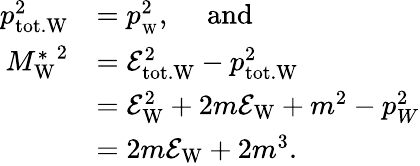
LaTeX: \begin{array}{rl}{p_{\mathrm{tot.W}}^{2}}&{=p_{\mathrm{_W}}^{2},\mathrm{\quad~and}}\\ {{M_{\mathrm{W}}^{*}}^{2}}&{=\mathcal{E}_{\mathrm{tot.W}}^{2}-p_{\mathrm{tot.W}}^{2}}\\ &{=\mathcal{E}_{\mathrm{W}}^{2}+2m\mathcal{E}_{\mathrm{W}}+m^{2}-p_{W}^{2}}\\ &{=2m\mathcal{E}_{\mathrm{W}}+2m^{3}.}\end{array}